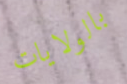
بالولايات